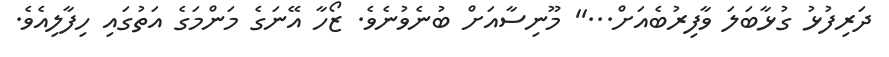
ދަރިފުޅު ގުޅާބަލަ ވާފިރުބެއަށް...'' މޫނިސާއަށް ބުނެވުނެވެ. ޒޯހާ އޭނަގެ މަންމަގެ އަތުގައި ހިފާލިއެވެ.